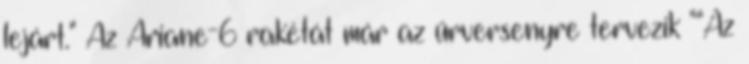
lejárt." Az Ariane-6 rakétát már az űrversenyre tervezik ""Az